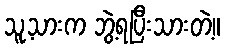
သူ့သားက ဘွဲ့ရပြီးသားတဲ့။